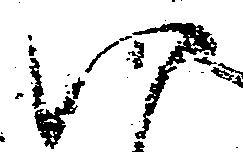
い